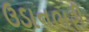
ઉડાનભરી